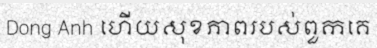
Dong Anh ហើយសុខភាពរបស់ពួកគេ